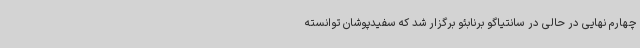
چهارم نهایی در حالی در سانتیاگو برنابئو برگزار شد که سفیدپوشان توانسته